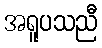
အရူပသညီ